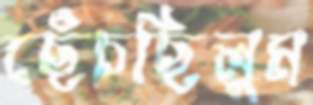
ছেঁচছিলুম